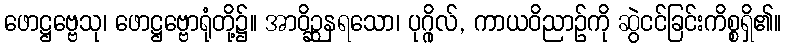
ဖောဋ္ဌဗ္ဗေသု၊ ဖောဋ္ဌဗ္ဗောရုံတို့၌။ အာဝိဉ္ဆနရသော၊ ပုဂ္ဂိုလ်, ကာယဝိညာဉ်ကို ဆွဲငင်ခြင်းကိစ္စရှိ၏။